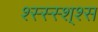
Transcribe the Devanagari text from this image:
श्स्स्स्श्श्स